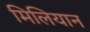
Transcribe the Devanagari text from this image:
मिलियान